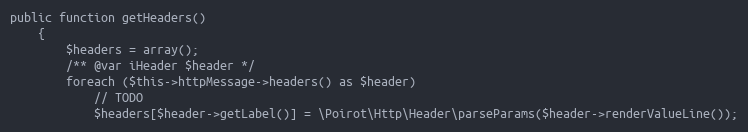
Language: PHP
public function getHeaders()
    {
        $headers = array();
        /** @var iHeader $header */
        foreach ($this->httpMessage->headers() as $header)
            // TODO
            $headers[$header->getLabel()] = \Poirot\Http\Header\parseParams($header->renderValueLine());